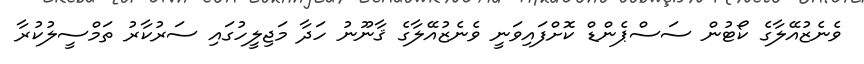
ވެނެޒުއޭލާގެ ކޯޓުން ސަސްޕެންޑް ކޮށްފައިވަނީ ވެނެޒުއޭލާގެ ޤާނޫނު ހަދާ މަޖިލީހުގައި ސަރުކާރު ތަމްސީލުކުރާ